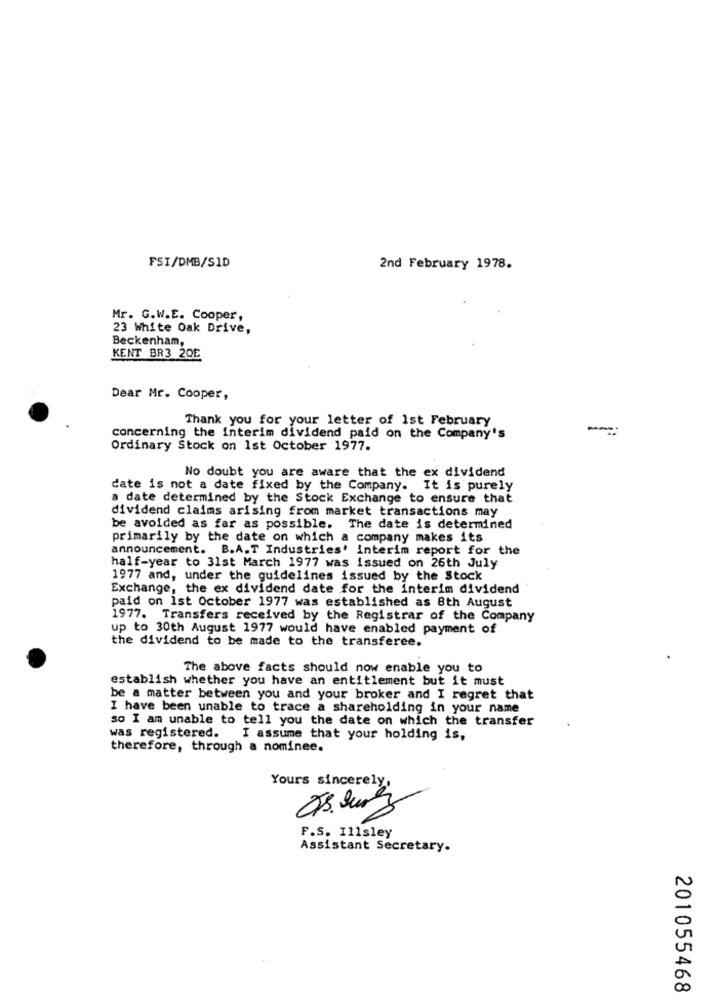
FSI/DMB/SID
2nd February 1978.
Mr. G.W.E. Cooper,
23 White Oak Drive,
Beckenham,
KENT BR3 20E
Dear Mr. Cooper,
Thank you for your letter of 1st February
concerning the interim dividend paid on the Company's
Ordinary Stock on 1st October 1977.
No doubt you are aware that the ex dividend
date is not a date fixed by the Company. It is purely
a date determined by the Stock Exchange to ensure that
dividend claims arising from market transactions may
be avoided as far as possible. The date is determined
primarily by the date on which a company makes its
announcement. B.A.T Industries' interim report for the
half-year to 31st March 1977 was issued on 26th July
1977 and, under the guidelines issued by the Stock
Exchange, the ex dividend date for the interim dividend
paid on 1st October 1977 was established as 8th August
1977. Transfers received by the Registrar of the Company
up to 30th August 1977 would have enabled payment of
the dividend to be made to the transferee.
The above facts should now enable you to
establish whether you have an entitlement but it must
be a matter between you and your broker and I regret that
I have been unable to trace a shareholding in your name
so I am unable to tell you the date on which the transfer
was registered. I assume that your holding is,
therefore, through a nominee.
Yours sincerely
911
F.S. Illsley
Assistant Secretary.
201055468